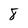
Character: 8